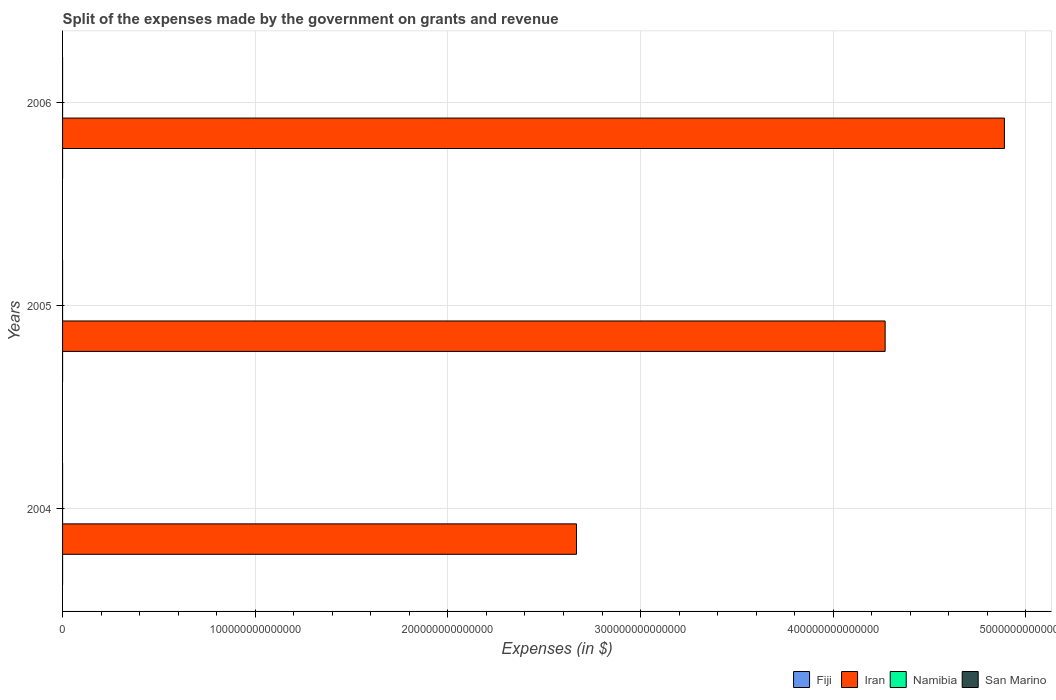
| Years | Fiji | Iran | Namibia | San Marino |
 | --- | --- | --- | --- | --- |
 | 2004 | 1.27e+08 | 2.67e+14 | 8.97e+08 | 1.77e+08 |
 | 2005 | 1.38e+08 | 4.27e+14 | 1.1e+09 | 1.54e+08 |
 | 2006 | 1.28e+08 | 4.89e+14 | 1.75e+09 | 1.52e+08 |